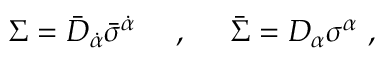
\Sigma = \bar { D } _ { \dot { \alpha } } \bar { \sigma } ^ { \dot { \alpha } } ~ ~ ~ ~ , ~ ~ ~ ~ \bar { \Sigma } = D _ { \alpha } \sigma ^ { \alpha } \ ,